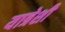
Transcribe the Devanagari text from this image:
यात्रेशी